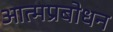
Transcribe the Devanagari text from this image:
आत्मप्रबोधन